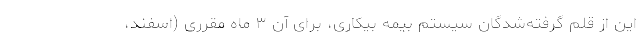
این از قلم گرفته‌شدگان سیستم بیمه بیکاری، برای آن ۳ ماه مقرری (اسفند،